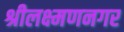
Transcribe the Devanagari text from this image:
श्रीलक्ष्मणनगर